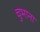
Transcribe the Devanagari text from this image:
चुभाना